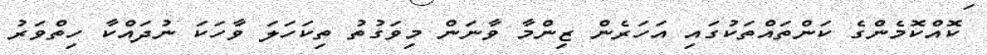
ކޮއްކޮމެންގެ ކަންތައްތަކުގައި އަހަރެން ޒިންމާ ވާނަން މިވަގުތު ތިކަހަލަ ވާހަކަ ނުދައްކާ ހިތްވަރު